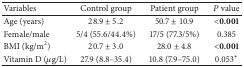
| Variables | Control group | Patient group | P value |
 | --- | --- | --- | --- |
 | Age (years) | 28.9 ± 5.2 | 50.7 ± 10.9 | <0.001 |
 | Female/male | 5/4 (55.6/44.4%) | 17/5 (77.3/5%) | 0.385 |
 | BMI (kg/m2) | 20.7 ± 3.0 | 28.0 ± 4.8 | <0.001 |
 | Vitamin D (μg/L) | 27.9 (8.8–35.4) | 10.8 (7.9–75.0) | 0.053∗ |